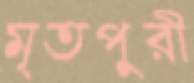
মৃতপুরী